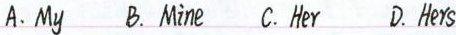
A.My B.Mine C. Her D. Hers